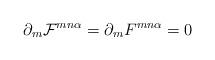
LaTeX: \begin{align*}\partial_m{\cal F}^{mn\alpha}=\partial_mF^{mn\alpha}=0\end{align*}